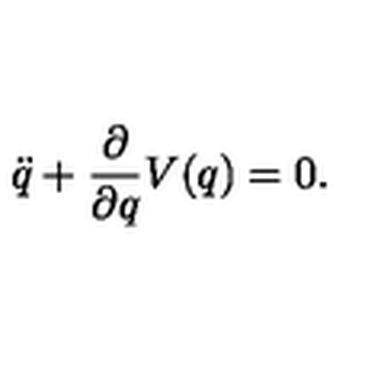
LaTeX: \ddot { q } + \frac { \partial } { \partial q } V ( q ) = 0 .